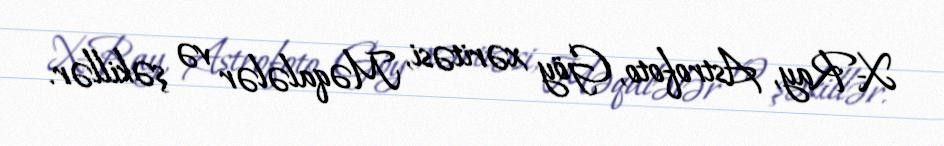
X-Ray, Astrofoto, Göy xəritəsi, Məqalələr və şəkillər.